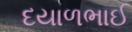
દયાળભાઈ